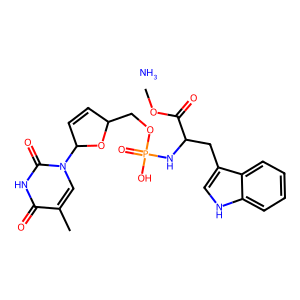
SMILES: COC(=O)C(Cc1c[nH]c2ccccc12)NP(=O)(O)OCC1C=CC(n2cc(C)c(=O)[nH]c2=O)O1.N
Inhibits HIV replication: Yes